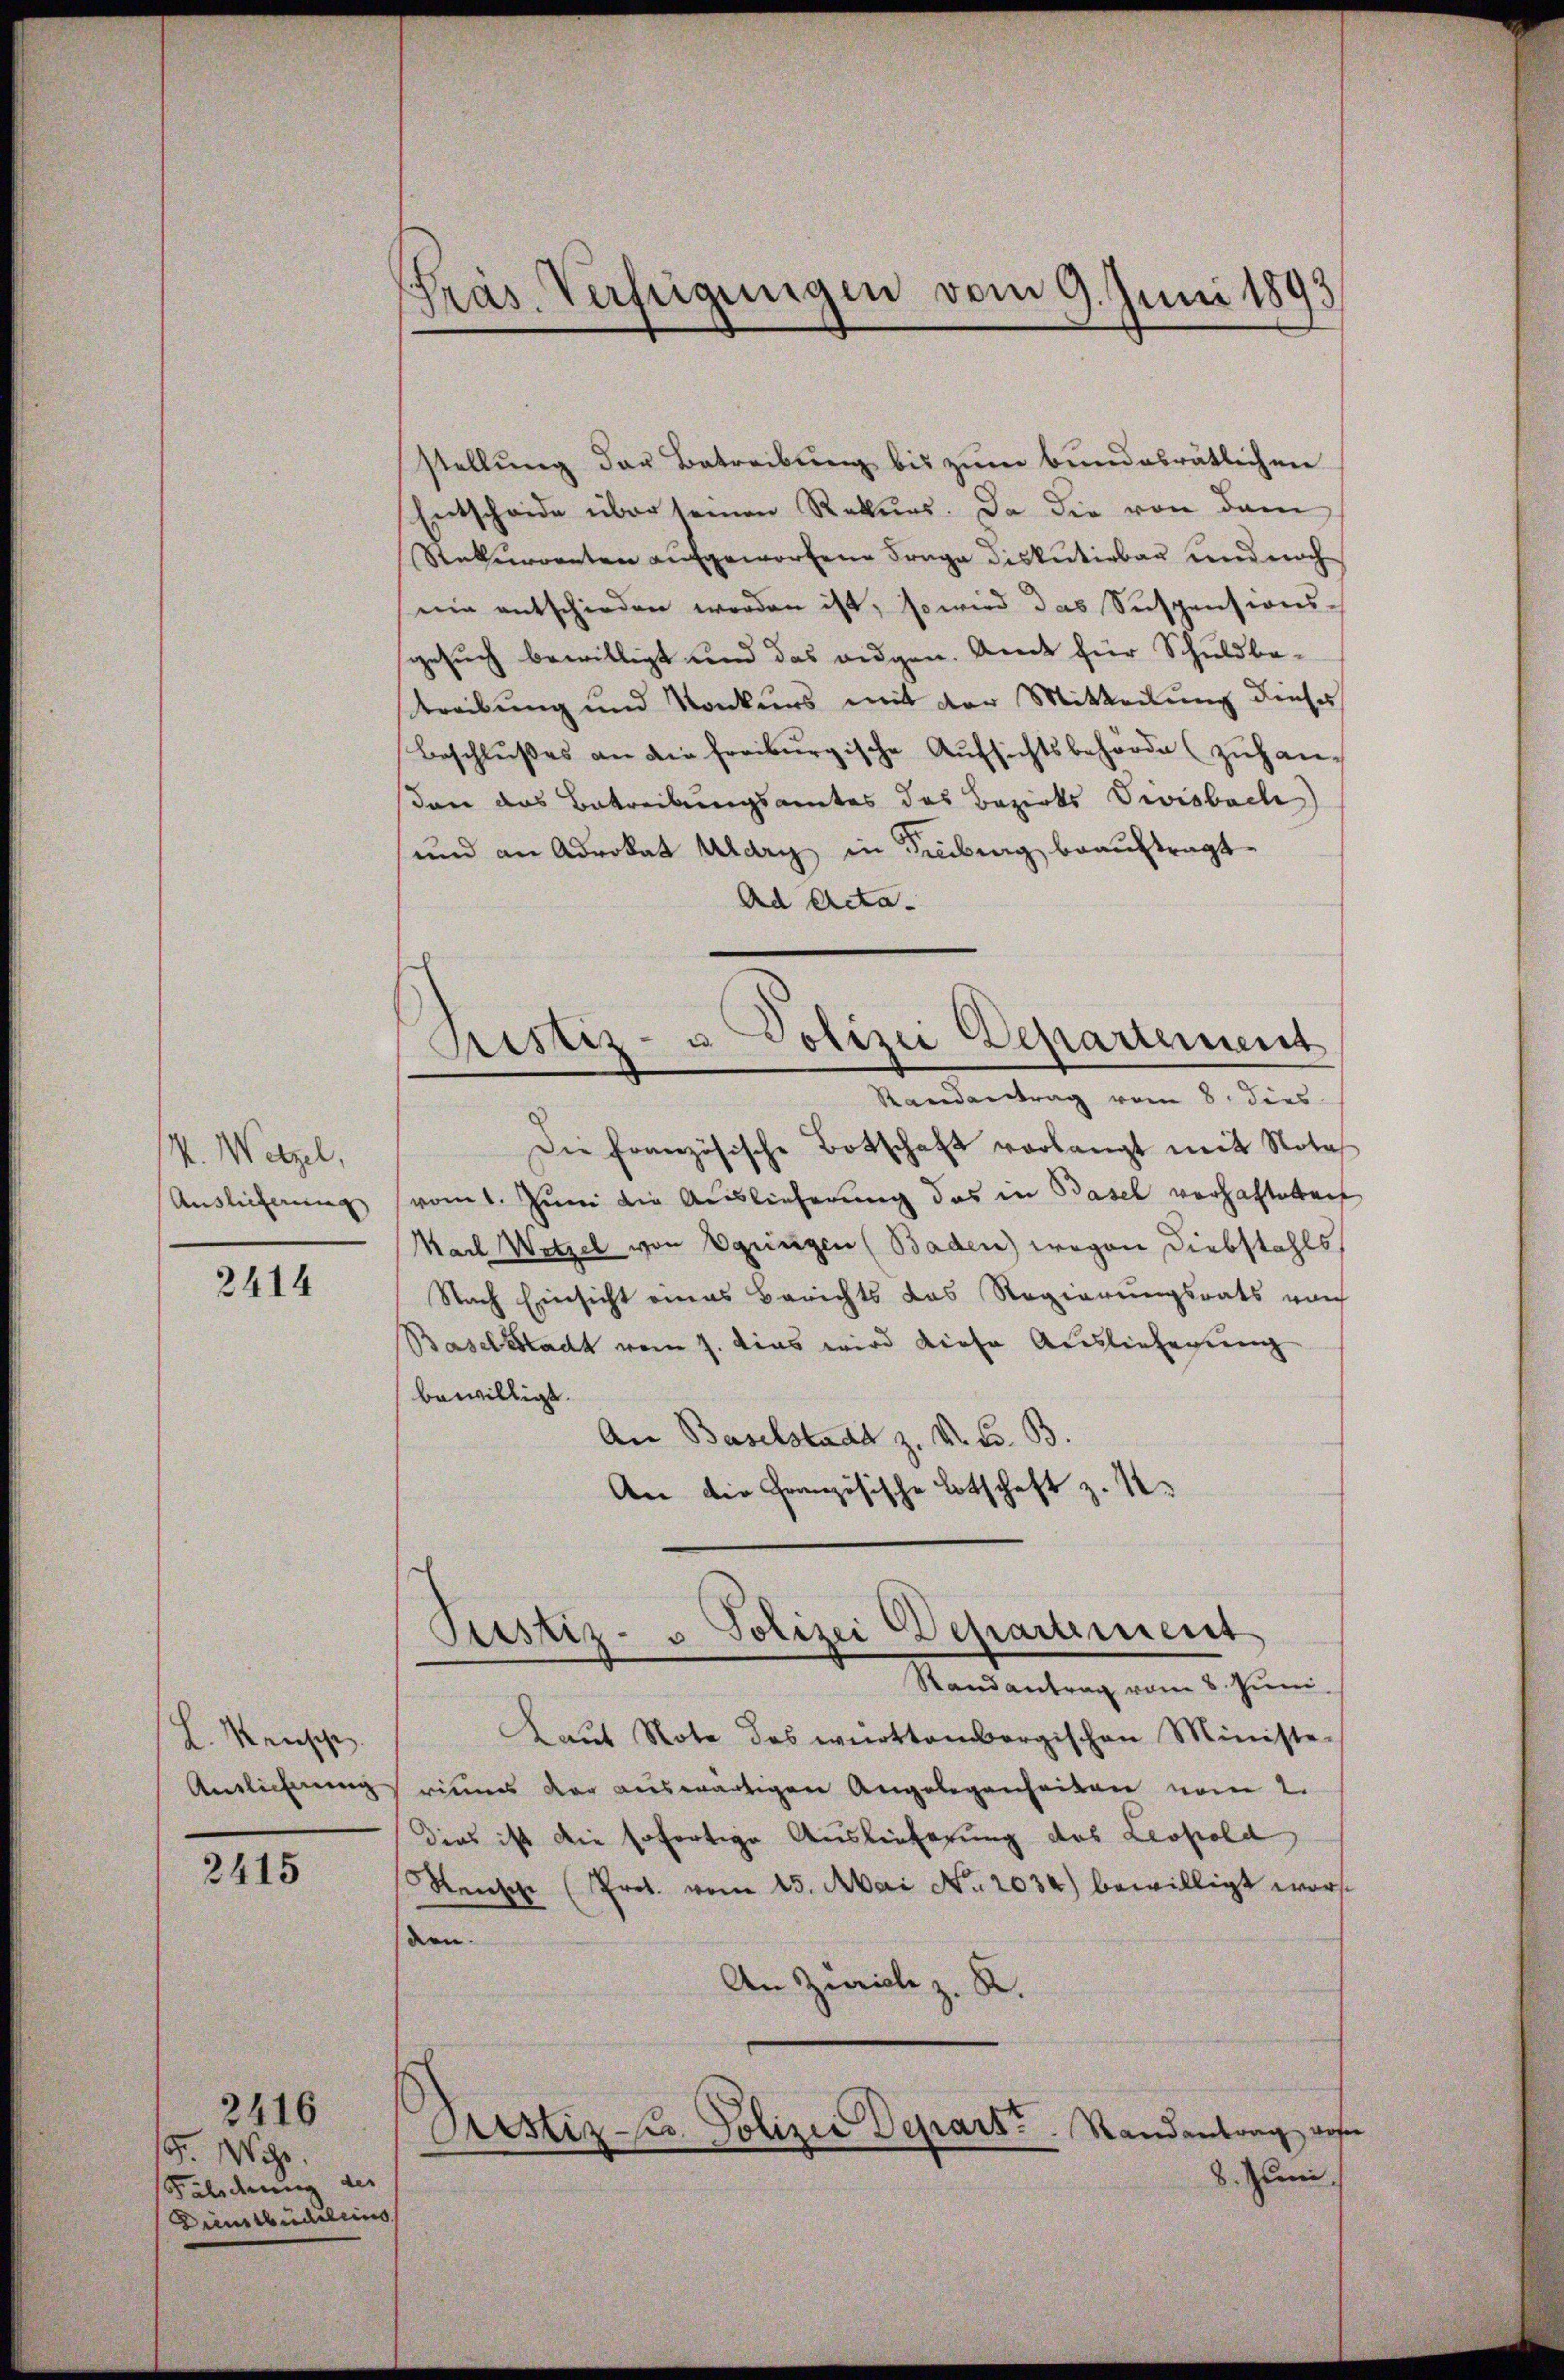
V. Wetzel,
Auslieferung

2414

L. Mensche
Anslichnung

3415

2416
Gr. Wir
Falschung der
Dienstbudeleins

Pras. Verfügungen vom 9. Juni 1893

stellung der Betreibung bis zum bundesrätlichen
Entscheide über seinen Rekurs. Da die von dem
Rekurrenten aufgeworfene Frage diskutivbar und noch
nie entschieden worden ist, so wird das Suspensionssgesuch bewilligt und das eidgen. Amt für Schuldbetreibung und Konkurs mit der Mitteilung dieses
Beschlŭβes an die freiburgische Aŭfsichtsbehörde (zŭhandann das Betreibungsamtes des Bezirks Vivisbach
und an Advokat Alary in Tribung beauftragt.
Ad Acta-
Pistiz- u Polizei Departement
Randantrag vom 8. dies
Die französische Botschaft vorlangt mit Nota
vom 1. Juni die Auslieferung das in Basel verhaftetent
Mach Wetzel von Ogringen (Baden) wegen Diebstahls
Nach Einsicht eines Berichts das Regierungsrats nach
Baselstadt vom 7. dies wird diese Auslieferung
bewilligt.
An Baselstadt z. V. C. B.
An die Französische Lotschaft z. K.

Justiz- u Polizei Departement

Randantrag vom 8. Juni
Kaŭt Note des würktenbergischen Ministe-
ries der auswärtigen Angelegenheiten vom 2.
Dies ist die sofortige Auslieferung des Leopold
Stensch (Prot. vom 25. Mai No. 2034) bewilligt wor
den.
An Zürich z. R.
Pcstiz-Co. Polizei Depart. Randantrag, wese
8. Juni.